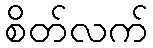
စိတ်လက်